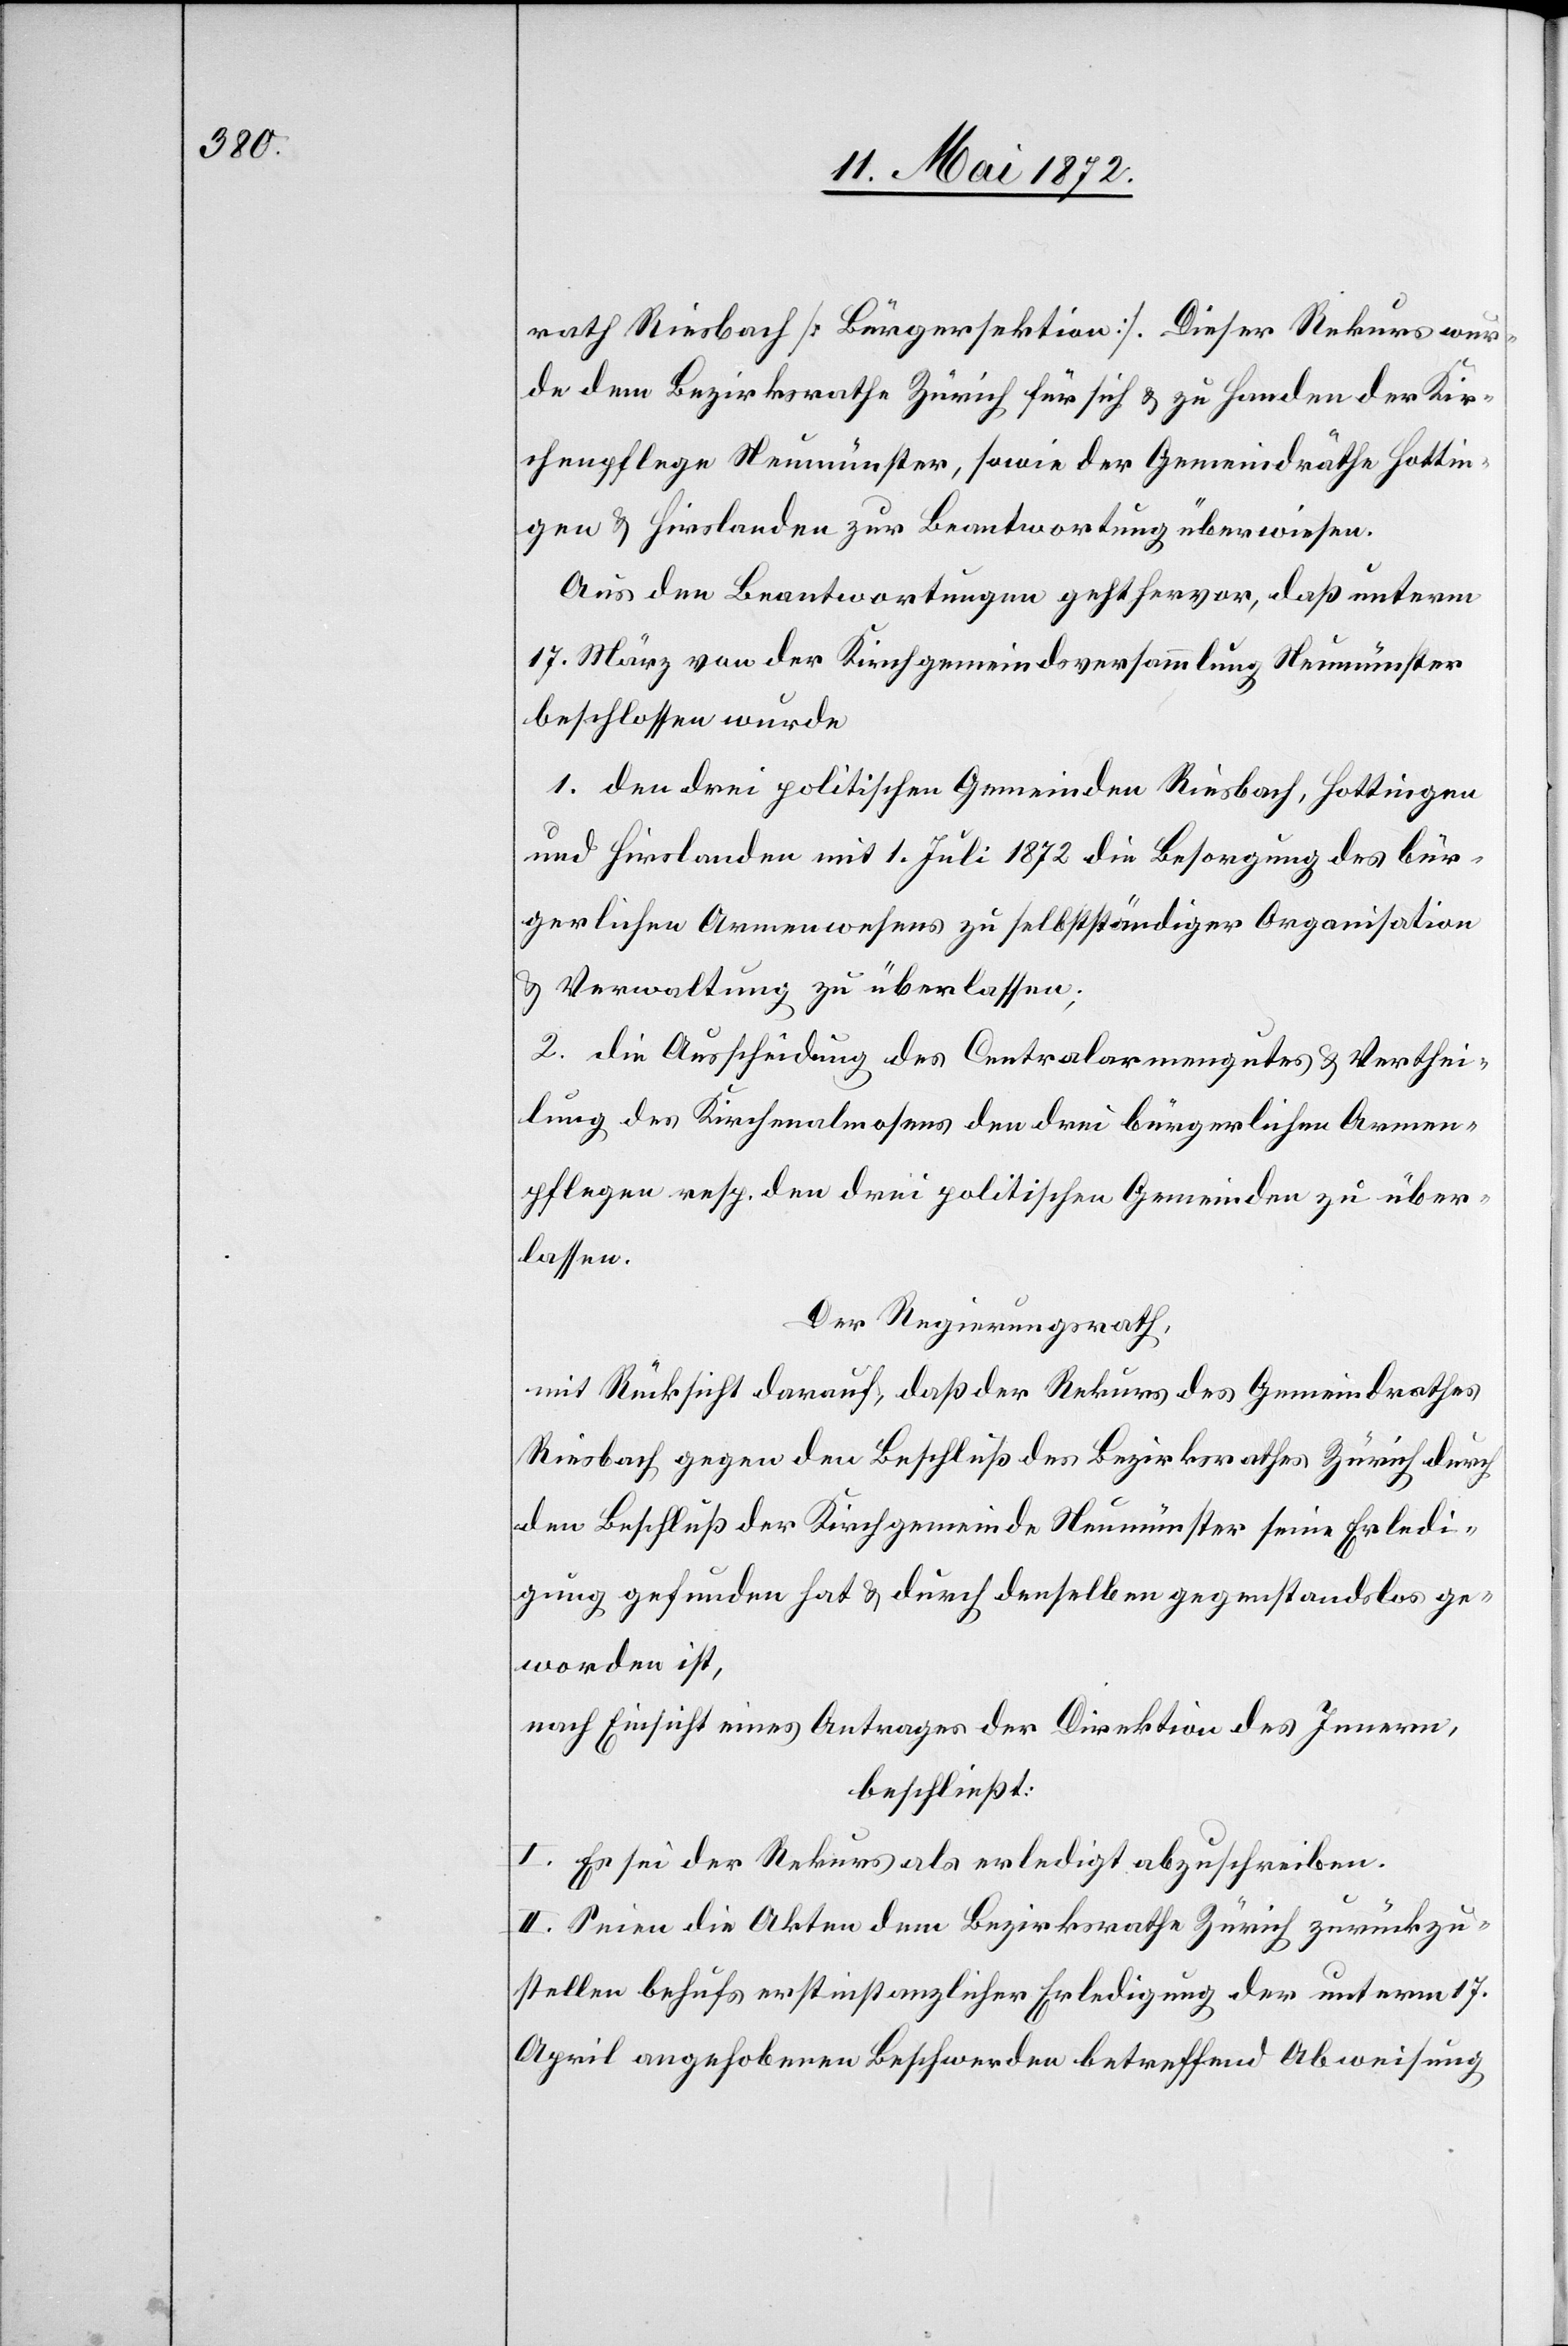
rath Riesbach [Bürgersektion]. Dieser Rekurs wur¬
de dem Bezirksrathe Zürich für sich u. zu Handen der Kir¬
chenpflege Neumünster, sowie der Gemeindräthe Hottin¬
gen u. Hirslanden zur Beantwortung überwiesen.
Aus den Beantwortungen geht hervor, daß unterm
17. März von der Kirchgemeindsversammlung Neumünster
beschlossen wurde[:]
1. den drei politischen Gemeinden Riesbach, Hottingen
und Hirslanden mit 1. Juli 1872 die Besorgung des bür¬
gerlichen Armenwesens zu selbstständiger Organisation
u. Verwaltung zu überlassen.
2. die Ausscheidung des Centralarmengutes u. Verthei¬
lung des Kirchenalmosens den drei bürgerlichen Armen¬
pflegen resp. den drei politischen Gemeinden zu über¬
lassen.
Der Regierungsrath,
mit Rücksicht darauf, daß der Rekurs des Gemeindrathes
Riesbach gegen den Beschluß des Bezirksrathes Zürich durch
den Beschluß der Kirchgemeinde Neumünster seine Erledi¬
gung gefunden hat u. durch denselben gegenstandslos ge¬
worden ist,
nach Einsicht eines Antrages der Direktion des Innern,
beschließt:
I. Es sei der Rekurs als erledigt abzuschreiben.
II. Seien die Akten dem Bezirksrathe Zürich zurückzu¬
stellen behufs erstinstanzlicher Erledigung der unterm 17.
April angehobenen Beschwerden betreffend Abweisung